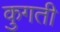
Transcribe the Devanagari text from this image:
कुगती